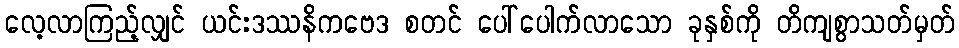
လေ့လာကြည့်လျှင် ယင်းဒဿနိကဗေဒ စတင် ပေါ်ပေါက်လာသော ခုနှစ်ကို တိကျစွာသတ်မှတ်